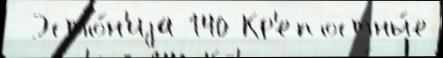
 Эсто́н'иjа 140 Кр'епостны́е